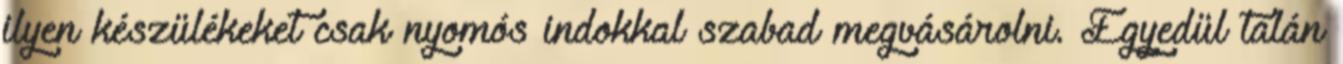
ilyen készülékeket csak nyomós indokkal szabad megvásárolni. Egyedül talán